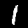
Digit: 1